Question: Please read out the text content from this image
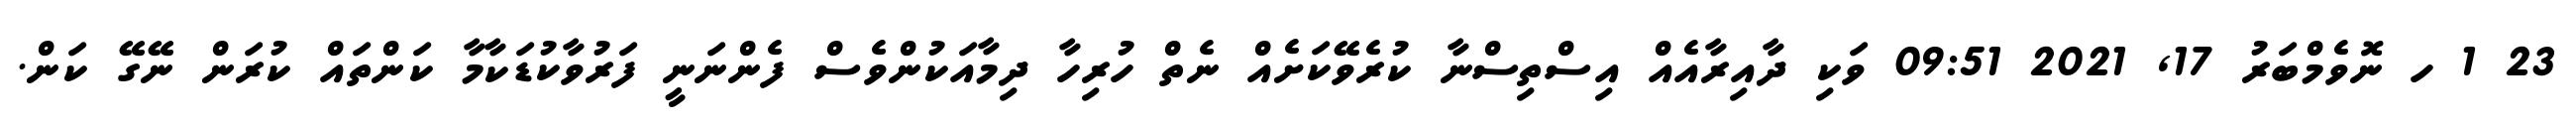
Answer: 23 1 ހ ނޮވެމްބަރު 17, 2021 09:51 ވަކި ދާއިރާއެއް އިސްތިސްނާ ކުރެވޭކަށެއް ނެތް ހުރިހާ ދިމާއަކުންވެސް ފެންނަނީ ފަރުވާކުޑަކާމާ ކަންތައް ކުރަން ނޭގޭ ކަން.